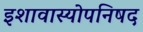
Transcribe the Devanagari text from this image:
इशावास्योपनिषद